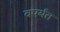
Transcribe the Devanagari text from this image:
वपर्यंत